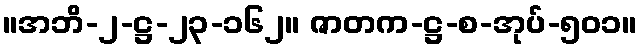
။အဘိ-၂-ဋ္ဌ-၂၃-၁၆၂။ ဇာတက-ဋ္ဌ-စ-အုပ်-၅၀၁။